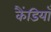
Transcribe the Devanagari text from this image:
कैंडियाँ